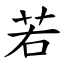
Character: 若